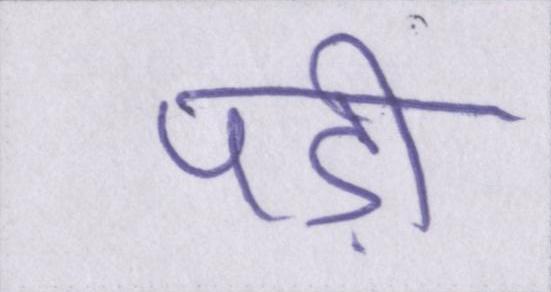
पड़ी